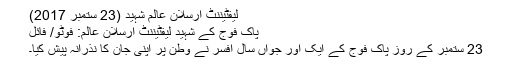
لیفٹیننٹ ارسلان عالم شہید (23 ستمبر 2017)
پاک فوج کے شہید لیفٹیننٹ ارسلان عالم: فوٹو/ فائل
23 ستمبر کے روز پاک فوج کے ایک اور جواں سال افسر نے وطن پر اپنی جان کا نذرانہ پیش کیا۔